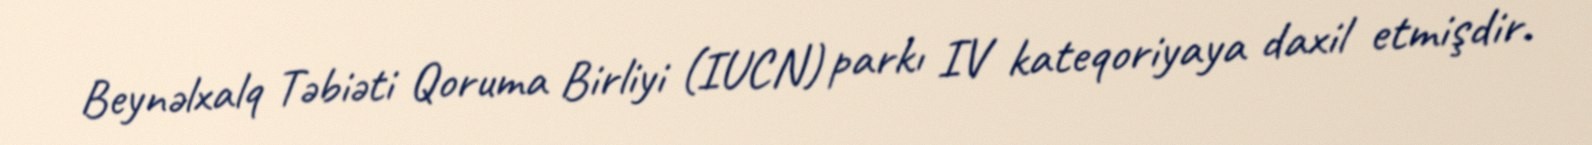
Beynəlxalq Təbiəti Qoruma Birliyi (IUCN) parkı IV kateqoriyaya daxil etmişdir.